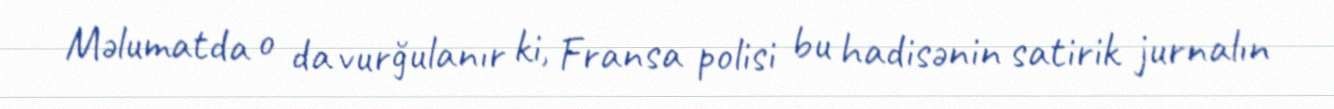
Məlumatda o da vurğulanır ki, Fransa polisi bu hadisənin satirik jurnalın